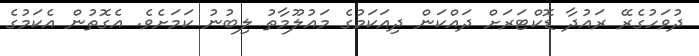
ދުވަހުގެރޭ ރައުދާ ޑޮކްޓަރަށް ދައްކަން ދިއަކަމުގެ މައުލޫމާތު ލިބުނު ކަމަށެވެ. އެގޮތުން އެކަމުގެ